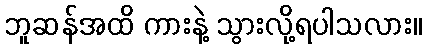
ဘူဆန်အထိ ကားနဲ့ သွားလို့ရပါသလား။